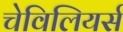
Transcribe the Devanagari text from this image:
चेविलियर्स